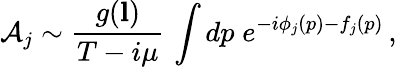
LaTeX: {\cal A}_{j}\sim\frac{g({\mathbf l})}{T-i\mu}\, \int dp\; e^{-i\phi_{j}(p)-f_{j}(p)}\, ,